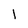
Character: I